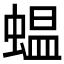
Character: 蝹